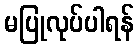
မပြုလုပ်ပါရန်